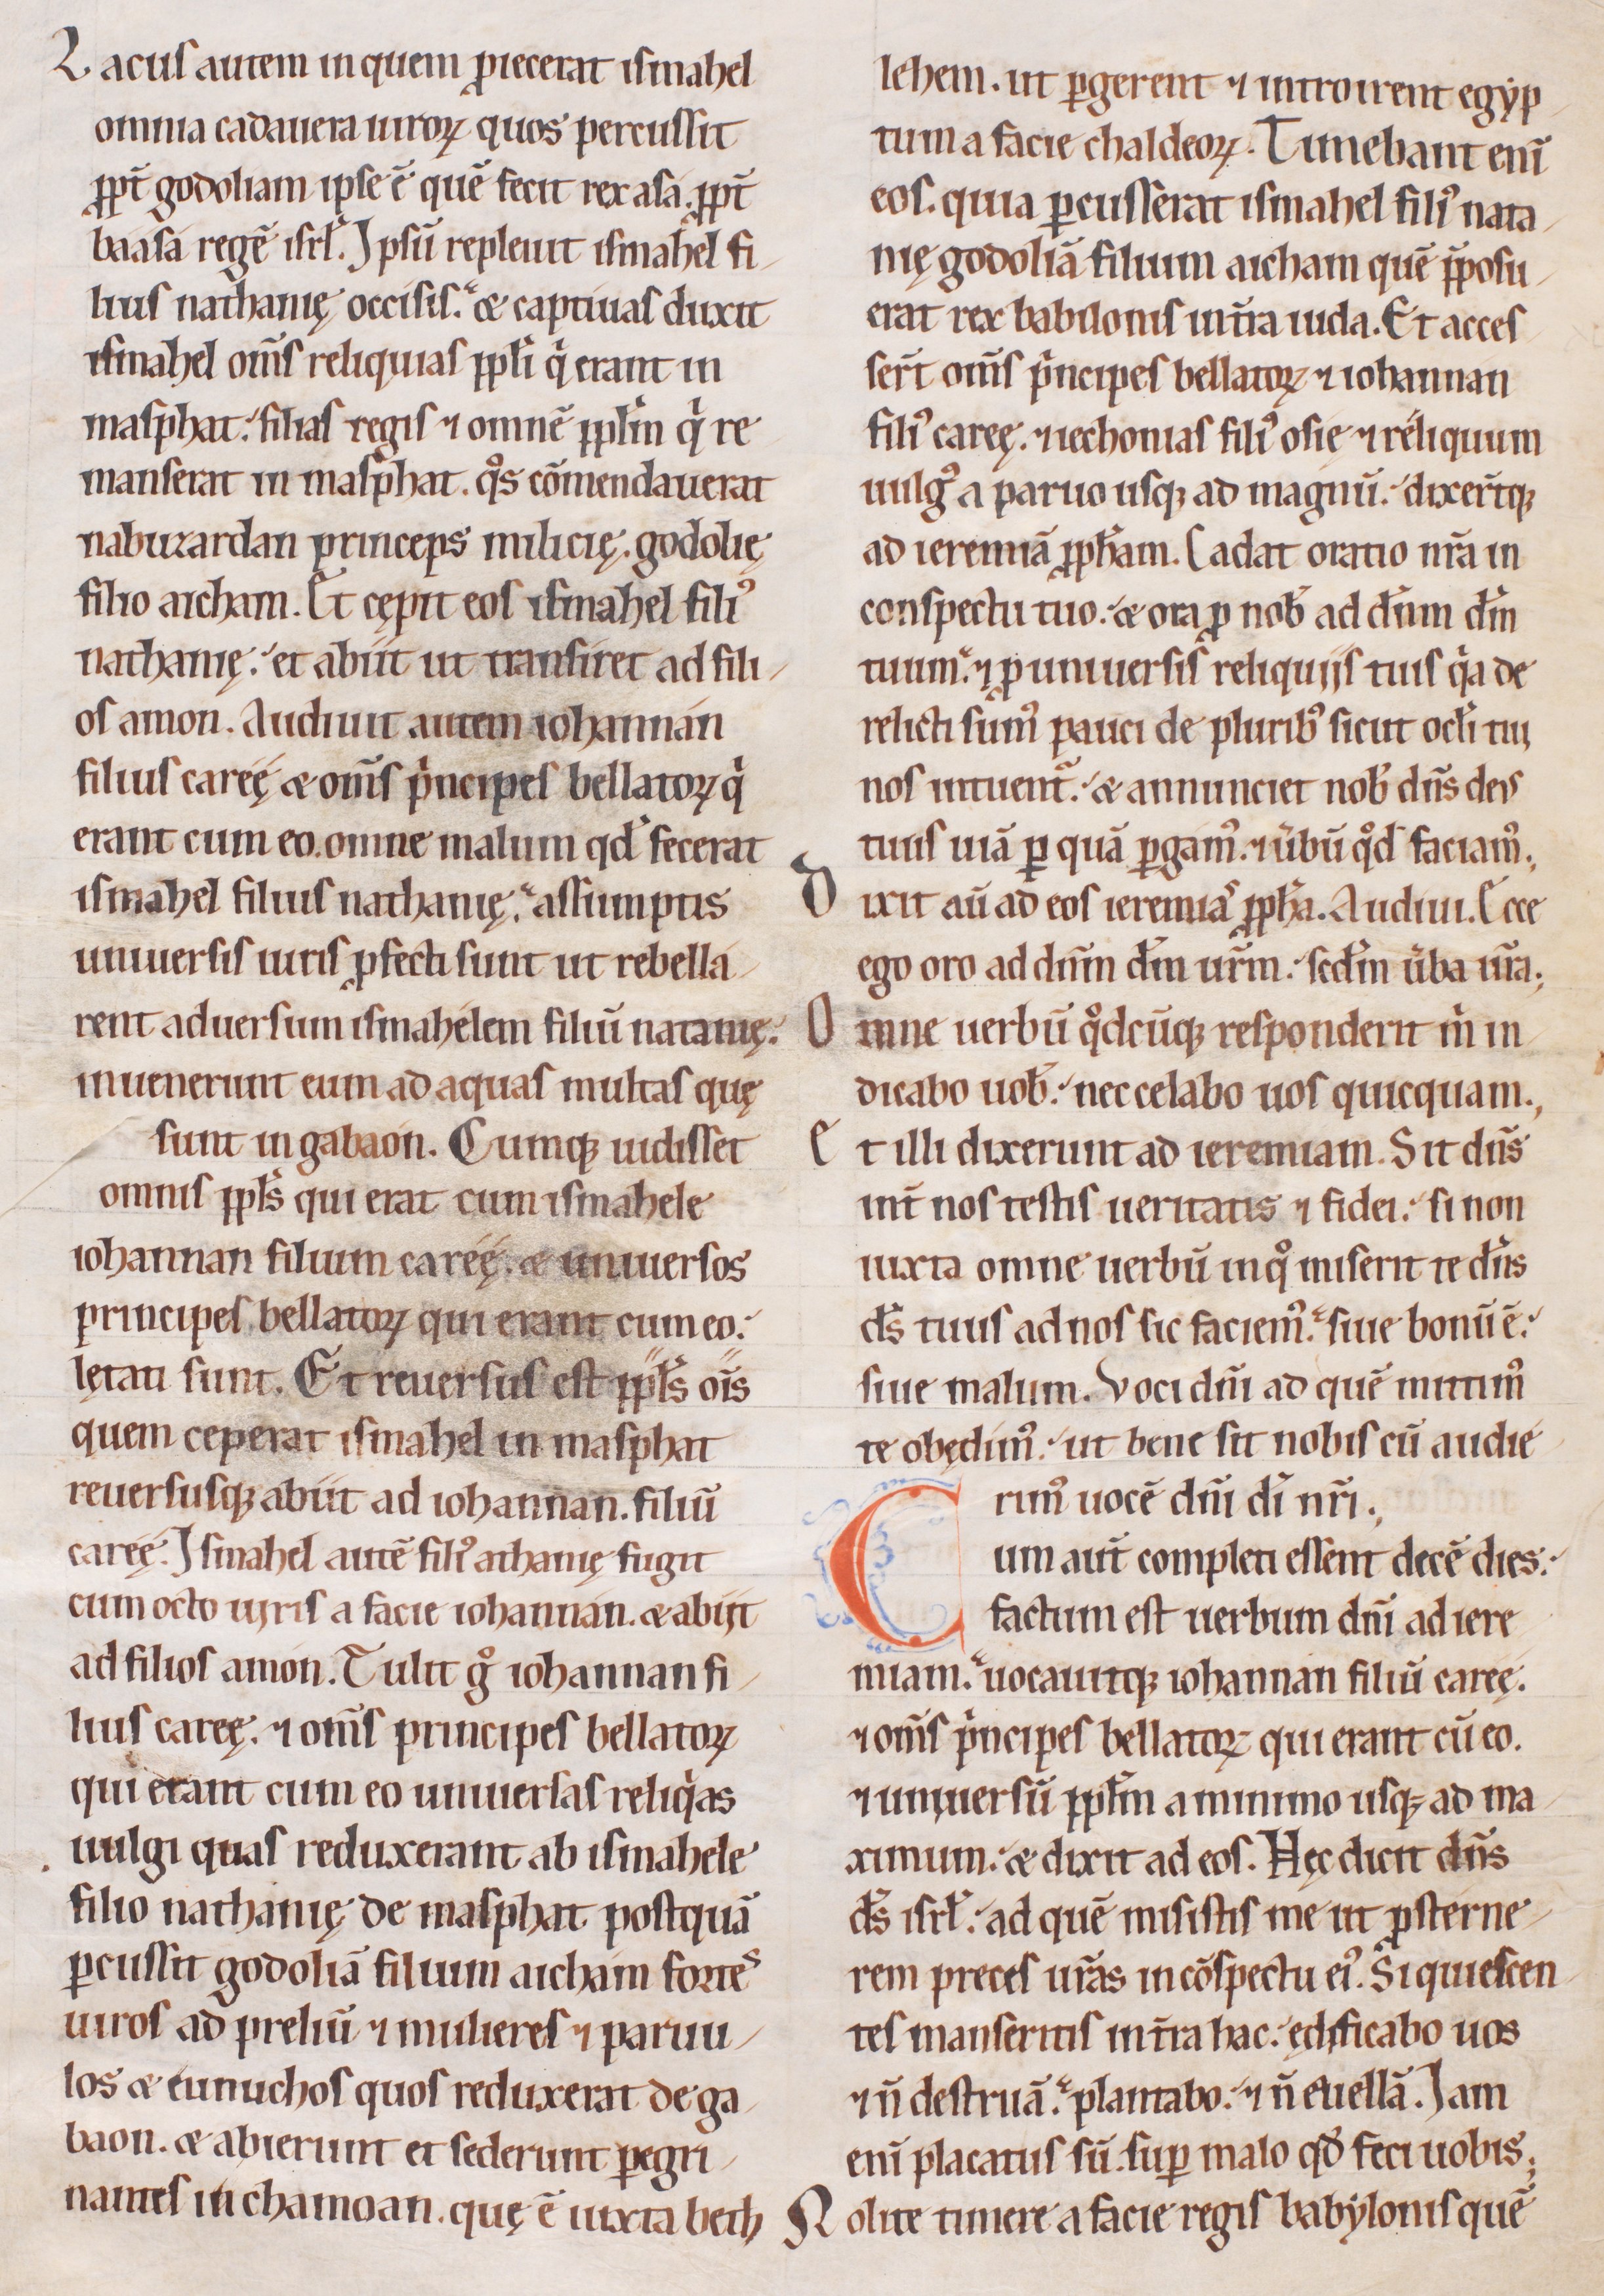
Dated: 1200–1249